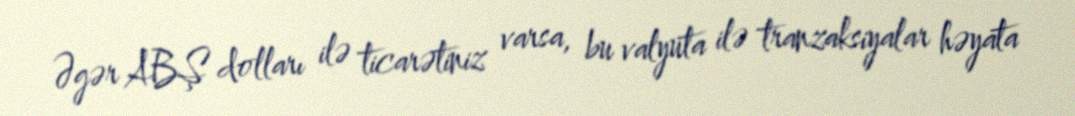
Əgər ABŞ dolları ilə ticarətiniz varsa, bu valyuta ilə tranzaksiyalar həyata